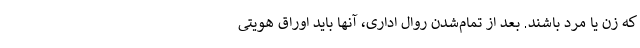
که زن یا مرد باشند. بعد از تمام‌شدن روال اداری، آنها باید اوراق هویتی